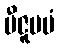
ဗီဇူပမံ